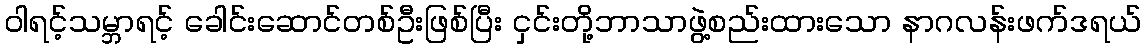
ဝါရင့်သမ္ဘာရင့် ခေါင်းဆောင်တစ်ဦးဖြစ်ပြီး ငှင်းတို့ဘာသာဖွဲ့စည်းထားသော နာဂလန်းဖက်ဒရယ်